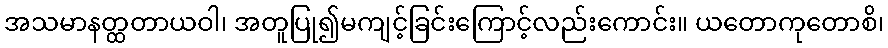
အသမာနတ္ထတာယဝါ၊ အတူပြု၍မကျင့်ခြင်းကြောင့်လည်းကောင်း။ ယတောကုတောစိ၊